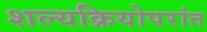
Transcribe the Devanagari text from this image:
शल्यक्रियोपरांत